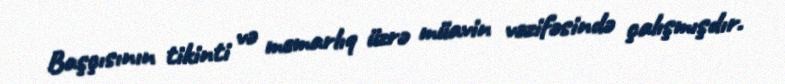
Başçısının tikinti və memarlıq üzrə müavin vəzifəsində çalışmışdır.